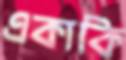
একাকি